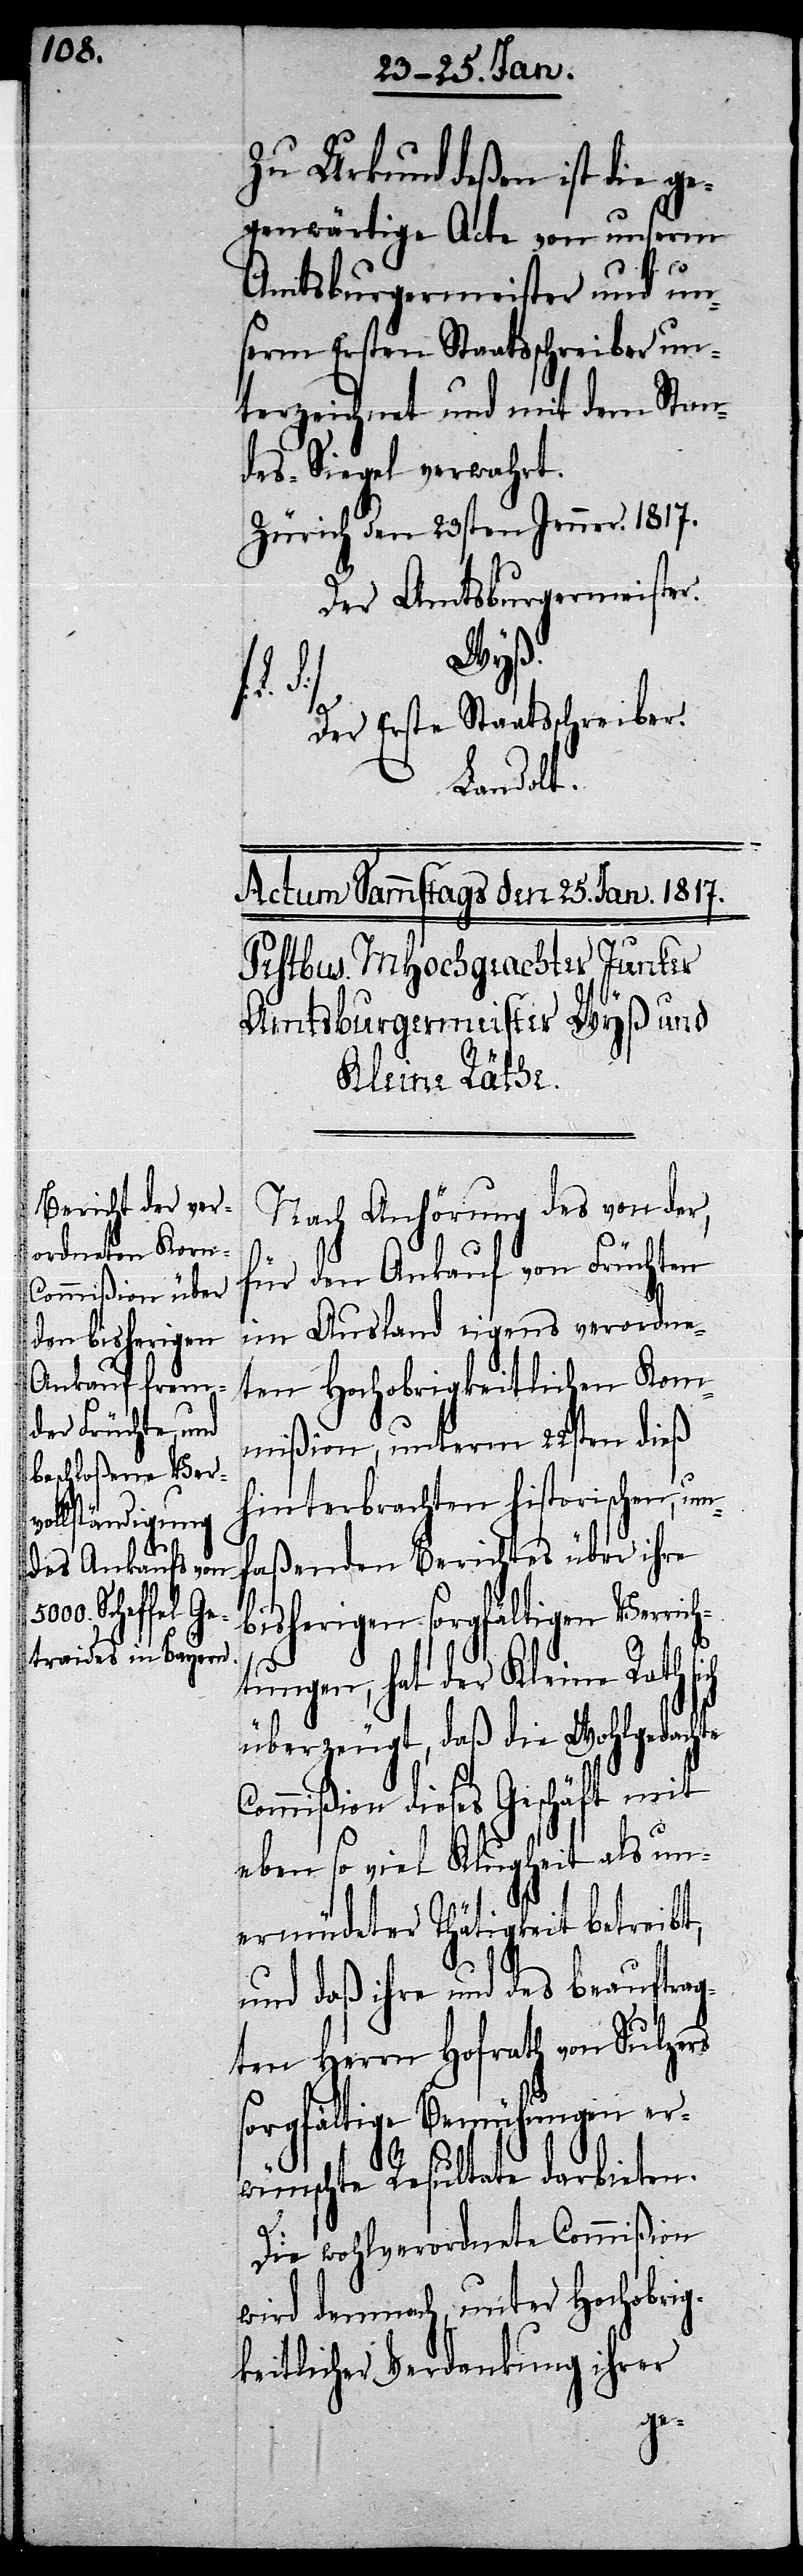
Zu Urkund deßen ist die ge¬
genwärtige Acte von unserm
Amtsburgermeister und un¬
serm Ersten Staatsschreiber un¬
terzeichnet und mit dem Stan¬
des-Siegel verwahrt.
Zürich den 23sten Jenner. 1817.
Der Amtsburgermeister.
Wyß.
Der Erste Staatsschreiber.
Landolt.
Nach Anhörung des von der,
für den Ankauf von Früchten
im Ausland eigens verordne¬
ten Hochobrigkeitlichen Kom¬
mißion, unterm 22sten dieß
hinterbrachten historischen, um¬
faßenden Berichtes über ihre
bisherigen sorgfältigen Verric¬
htungen, hat der Kleine Rath
überzeugt, daß die Wohlgedachte
Commißion dieses Geschäft mit
eben so viel Klugheit als un¬
ermüdeter Thätigkeit betreibt,
und daß ihre und des beauftrag¬
ten Herrn Hofrath von Sulzers
sorgfältige Bemühungen er¬
wünschte Resultate darbieten.
Die wohlverordnete Commißion
wird demnach, unter Hochobrig¬
keitlicher Verdankung ihrer